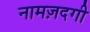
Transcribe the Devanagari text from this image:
नामज़दगी